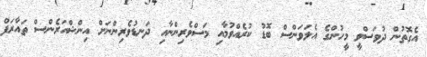
އެގޮތުން ދުވަސްވީ މީހުންގެ އެލަވަންސް ބޮޑު ކުރެއްވުމާއި މަސްވެރިންނާއި ދަނޑުވެރިންނަށް އިންޝްއަރެންސް ތައާރަފް